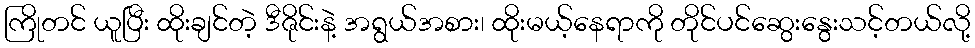
ကြိုတင် ယူပြီး ထိုးချင်တဲ့ ဒီဇိုင်းနဲ့ အရွယ်အစား၊ ထိုးမယ့်နေရာကို တိုင်ပင်ဆွေးနွေးသင့်တယ်လို့